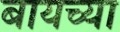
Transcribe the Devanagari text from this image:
बायच्या